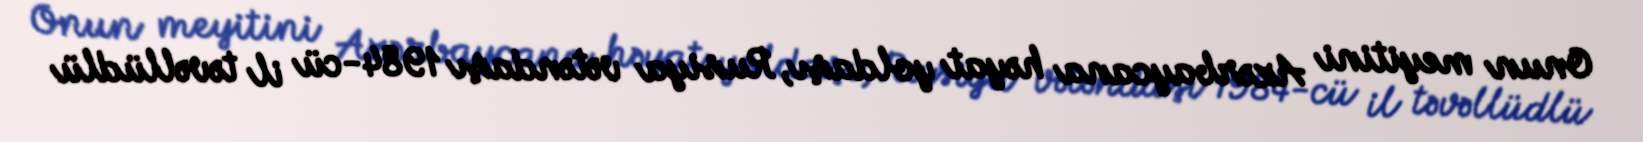
Onun meyitini Azərbaycana həyat yoldaşı, Rusiya vətəndaşı 1984-cü il təvəllüdlü